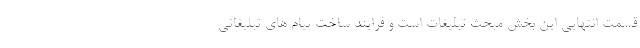
قسمت انتهایی این بخش مبحث تبلیغات است و فرایند ساخت پیام های تبلیغاتی